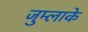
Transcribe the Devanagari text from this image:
जुम्लाके